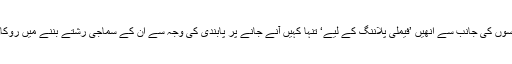
ان کی ساسوں کی جانب سے انھیں ’فیملی پلاننگ کے لیے‘ تنہا کہیں آنے جانے پر پابندی کی وجہ سے ان کے سماجی رشتے بننے میں روکاوٹیں آئیں۔